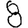
Digit: 8